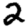
Digit: 2